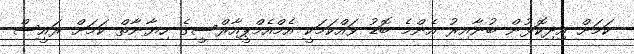
ކަމަށް އިދިކޮޅުން ބުނާއިރު އެންމެ ބޮޑު ވައްކަމަކީ އެމްއެމްޕީއާރްސީގެ ހިޔާނާތް ކަމަށް ރައީސް